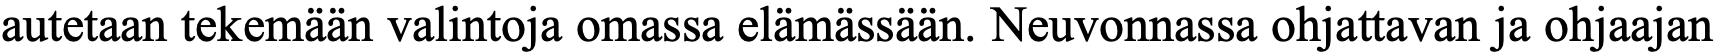
autetaan tekemään valintoja omassa elämässään. Neuvonnassa ohjattavan ja ohjaajan